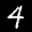
Label: 4